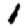
Digit: 1